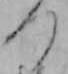
つ